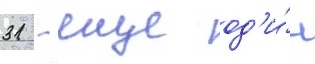
31 - еще од'и́н